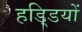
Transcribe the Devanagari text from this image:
हडि्‍डयों